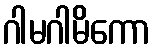
ဂါမဂါမိကော